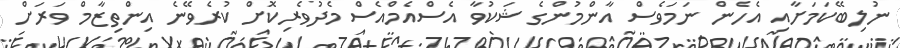
ނުލިބޭކަމަށާއި އެހެން ނަމަވެސް އާންމުންގެ ޝަކުވާ އެސްއެމްއެސް މެދުވެރިކޮށް ކުރެވޭނެ އިންތިޒާމް ވަރަށް